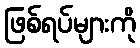
ဖြစ်ရပ်များကို